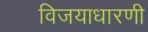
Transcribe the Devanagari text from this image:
विजयाधारणी